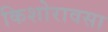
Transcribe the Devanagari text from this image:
किशोरावसा